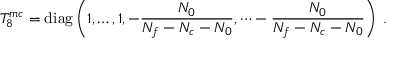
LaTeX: T _ { 8 } ^ { m c } = \mathrm { d i a g } \left( 1 , \dots , 1 , - \frac { N _ { 0 } } { N _ { f } - N _ { c } - N _ { 0 } } , \dots - \frac { N _ { 0 } } { N _ { f } - N _ { c } - N _ { 0 } } \right) \; .